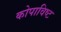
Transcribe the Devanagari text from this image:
कोपाविष्ट